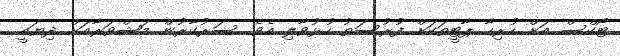
ޓޯކްސް އަށް ހުރިހާ ޕާޓީތަކަށް ފުރުސަތު ހުޅުވާލި އެވެ. ސަރުކާރުން މަޝްވަރާއަށް ދިޔައީ